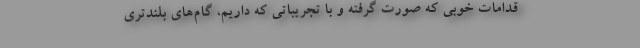
قدامات خوبی که صورت گرفته و با تجریباتی که داریم، گام‌های بلندتری